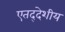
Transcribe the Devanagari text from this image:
एतद्‍देशीय